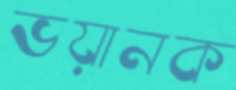
ভয়ানক